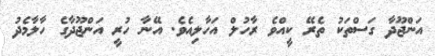
އަންޖޫދާ ގަސްތަކު ތެރޭ ކީއްވެ ރާހުލް އަހާލިއެވެ. އޭނާ ހުރީ އަންޖޫދާގެ ހާލާމެދު